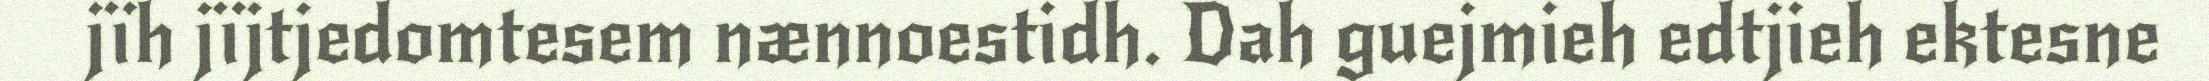
jïh jïjtjedomtesem nænnoestidh. Dah guejmieh edtjieh ektesne